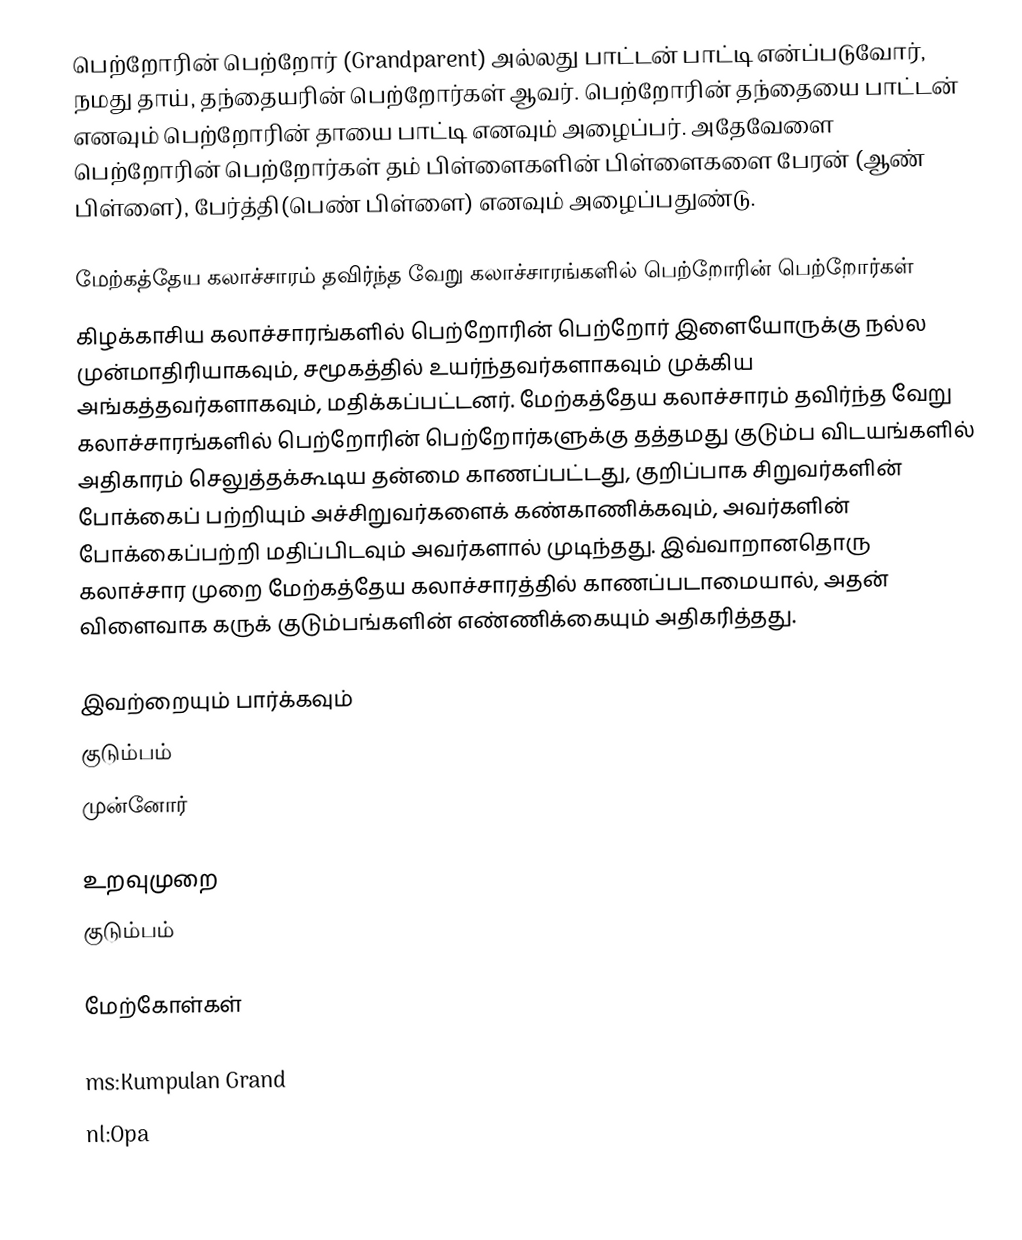
பெற்றோரின் பெற்றோர் (Grandparent) அல்லது பாட்டன் பாட்டி என்ப்படுவோர், நமது தாய், தந்தையரின் பெற்றோர்கள் ஆவர். பெற்றோரின் தந்தையை பாட்டன் எனவும் பெற்றோரின் தாயை பாட்டி எனவும் அழைப்பர். அதேவேளை பெற்றோரின் பெற்றோர்கள் தம் பிள்ளைகளின் பிள்ளைகளை பேரன் (ஆண் பிள்ளை), பேர்த்தி(பெண் பிள்ளை) எனவும் அழைப்பதுண்டு.

மேற்கத்தேய கலாச்சாரம் தவிர்ந்த வேறு கலாச்சாரங்களில் பெற்றோரின் பெற்றோர்கள்
கிழக்காசிய கலாச்சாரங்களில் பெற்றோரின் பெற்றோர் இளையோருக்கு நல்ல முன்மாதிரியாகவும், சமூகத்தில் உயர்ந்தவர்களாகவும் முக்கிய அங்கத்தவர்களாகவும், மதிக்கப்பட்டனர். மேற்கத்தேய கலாச்சாரம் தவிர்ந்த வேறு கலாச்சாரங்களில் பெற்றோரின் பெற்றோர்களுக்கு தத்தமது குடும்ப விடயங்களில் அதிகாரம் செலுத்தக்கூடிய தன்மை காணப்பட்டது, குறிப்பாக சிறுவர்களின் போக்கைப் பற்றியும் அச்சிறுவர்களைக் கண்காணிக்கவும், அவர்களின் போக்கைப்பற்றி மதிப்பிடவும் அவர்களால் முடிந்தது. இவ்வாறானதொரு கலாச்சார முறை மேற்கத்தேய கலாச்சாரத்தில் காணப்படாமையால், அதன் விளைவாக கருக் குடும்பங்களின் எண்ணிக்கையும் அதிகரித்தது.

இவற்றையும் பார்க்கவும்
குடும்பம்
முன்னோர்

உறவுமுறை
குடும்பம்

மேற்கோள்கள்

ms:Kumpulan Grand
nl:Opa